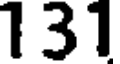
131